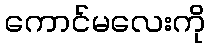
ကောင်မလေးကို